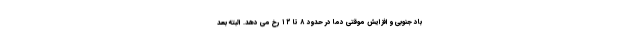
باد جنوبی و افزایش موقتی دما در حدود ۸ تا ۱۲ رخ می دهد. البته بعد